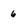
Character: 6